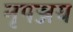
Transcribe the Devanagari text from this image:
नृपञ्जय